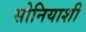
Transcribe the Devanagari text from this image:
सोनियाशी